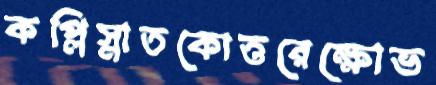
কপ্লিস্নাতকোত্তরেক্ষোভ